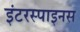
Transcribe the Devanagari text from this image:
इंटरस्पाइनस